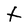
Character: t